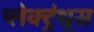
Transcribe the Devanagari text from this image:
प्लेक्ट्रंथुस